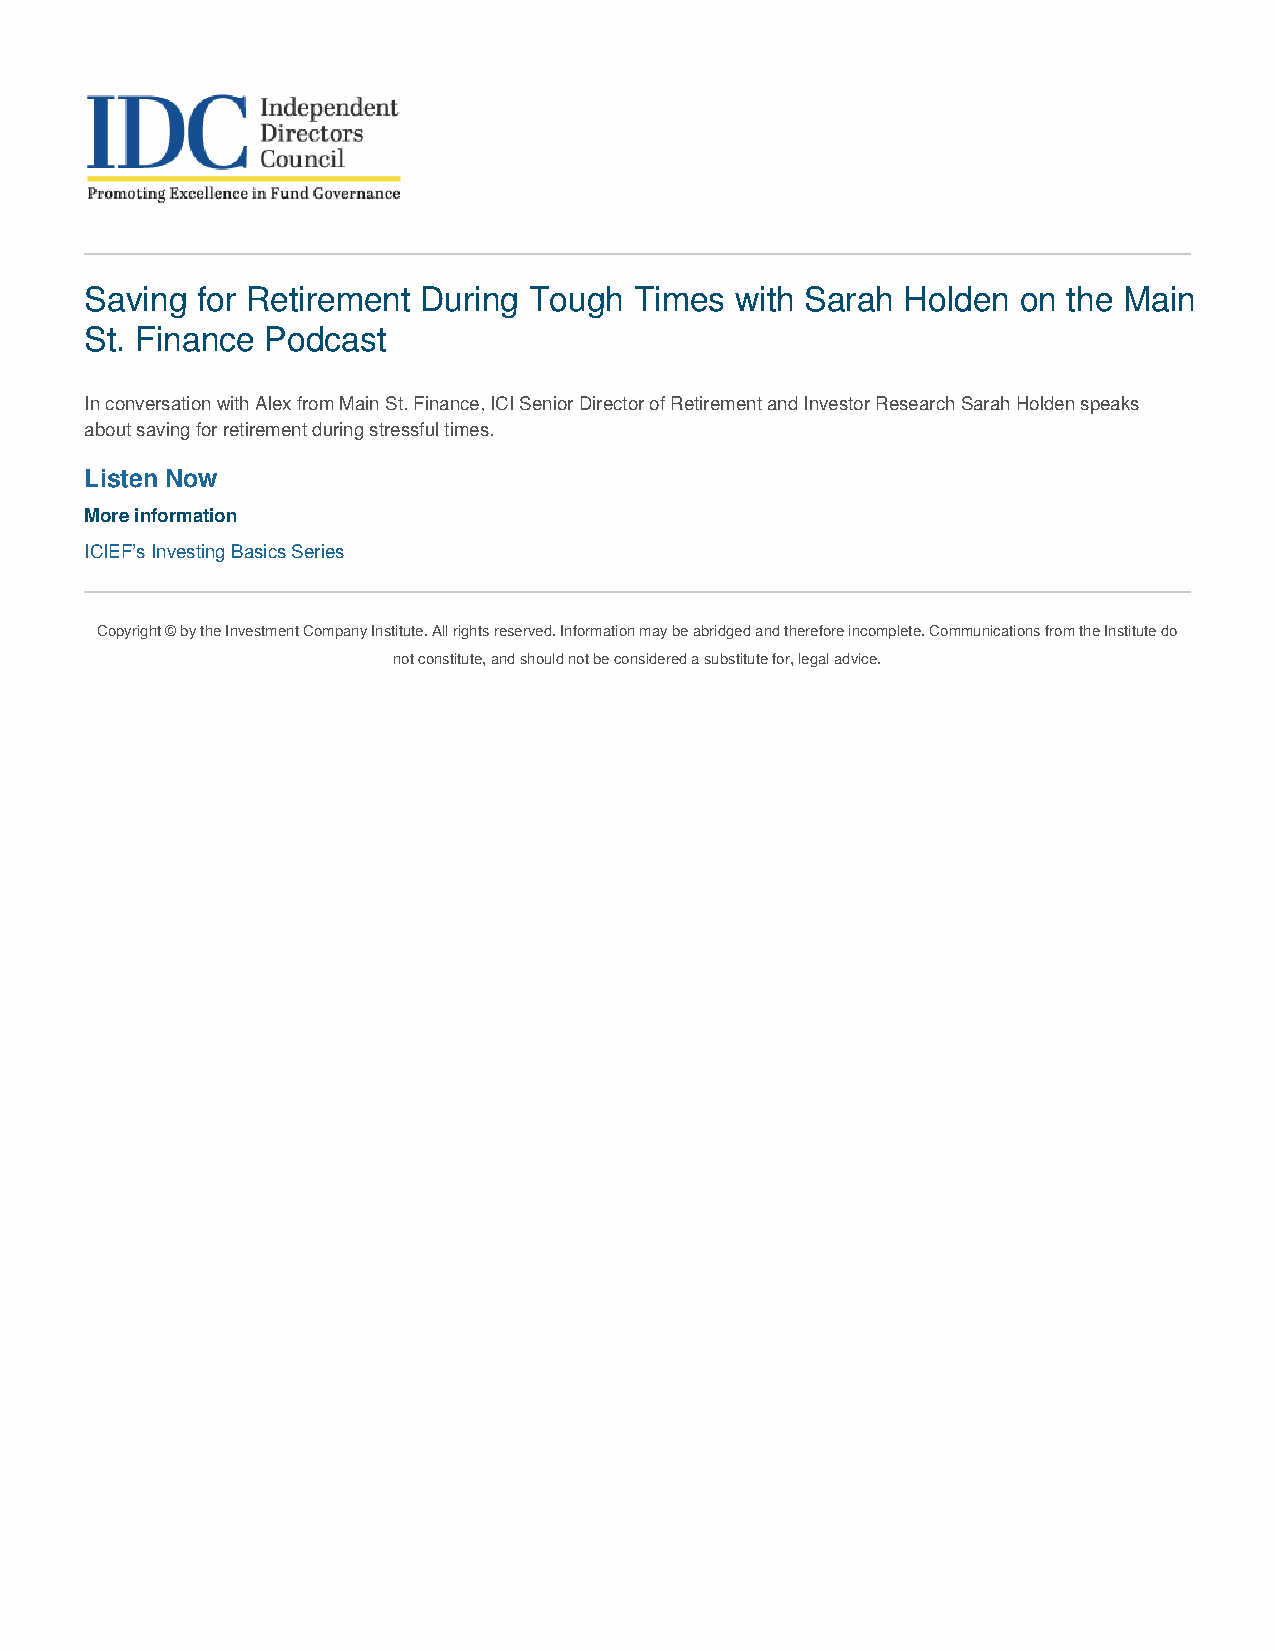
Saving for Retirement During Tough  Times  with Sarah Holden  on the Main
 St. Finance Podcast
 In conversation with Alex from Main St. Finance, ICI Senior Director of Retirement and Investor Research Sarah Holden speaks
 about saving for retirement during stressful times.
 Listen Now
 More information
 ICIEF’s Investing Basics Series
 Copyright © by the Investment Company Institute. All rights reserved. Information may be abridged and therefore incomplete. Communications from the Institute do
 not constitute, and should not be considered a substitute for, legal advice.